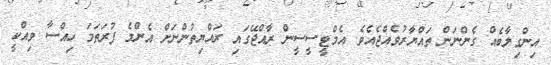
އިންގިލާބެއް ގެންނަން ތައްޔާރުވެއްޖެއެވެ. އެމްޓީސީސީން ރާއްޖޭގައި ރައްޔިތުންނަށް އެންމެ ފުރަތަމަ ހިއްސާ ވިއްކީ